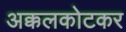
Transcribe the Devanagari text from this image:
अक्कलकोटकर